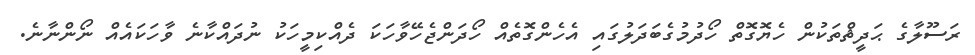
ރަސޫލާގެ ޙަދީޘްތަކުން ހެޔޮގޮތް ހޯދުމުގެބަދަލުގައި އެހެންގޮތެއް ހޯދަންޖެހޭވާހަކަ ދެއްކިމީހަކު ނުދައްކާނެ ވާހަކައެއް ނޯންނާނެ.